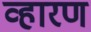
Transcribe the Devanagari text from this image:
व्हारण